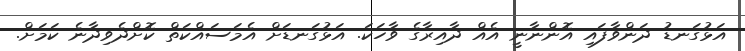
އަޅުގަނޑު ދަންވާފައި އޮންނާނީ އެއް ދާއިރާގެ ވާހަކަ. އަޅުގަނޑަށް އެމަސައްކަތް ކޮށްދެވިދާނެ ކަމަށް.